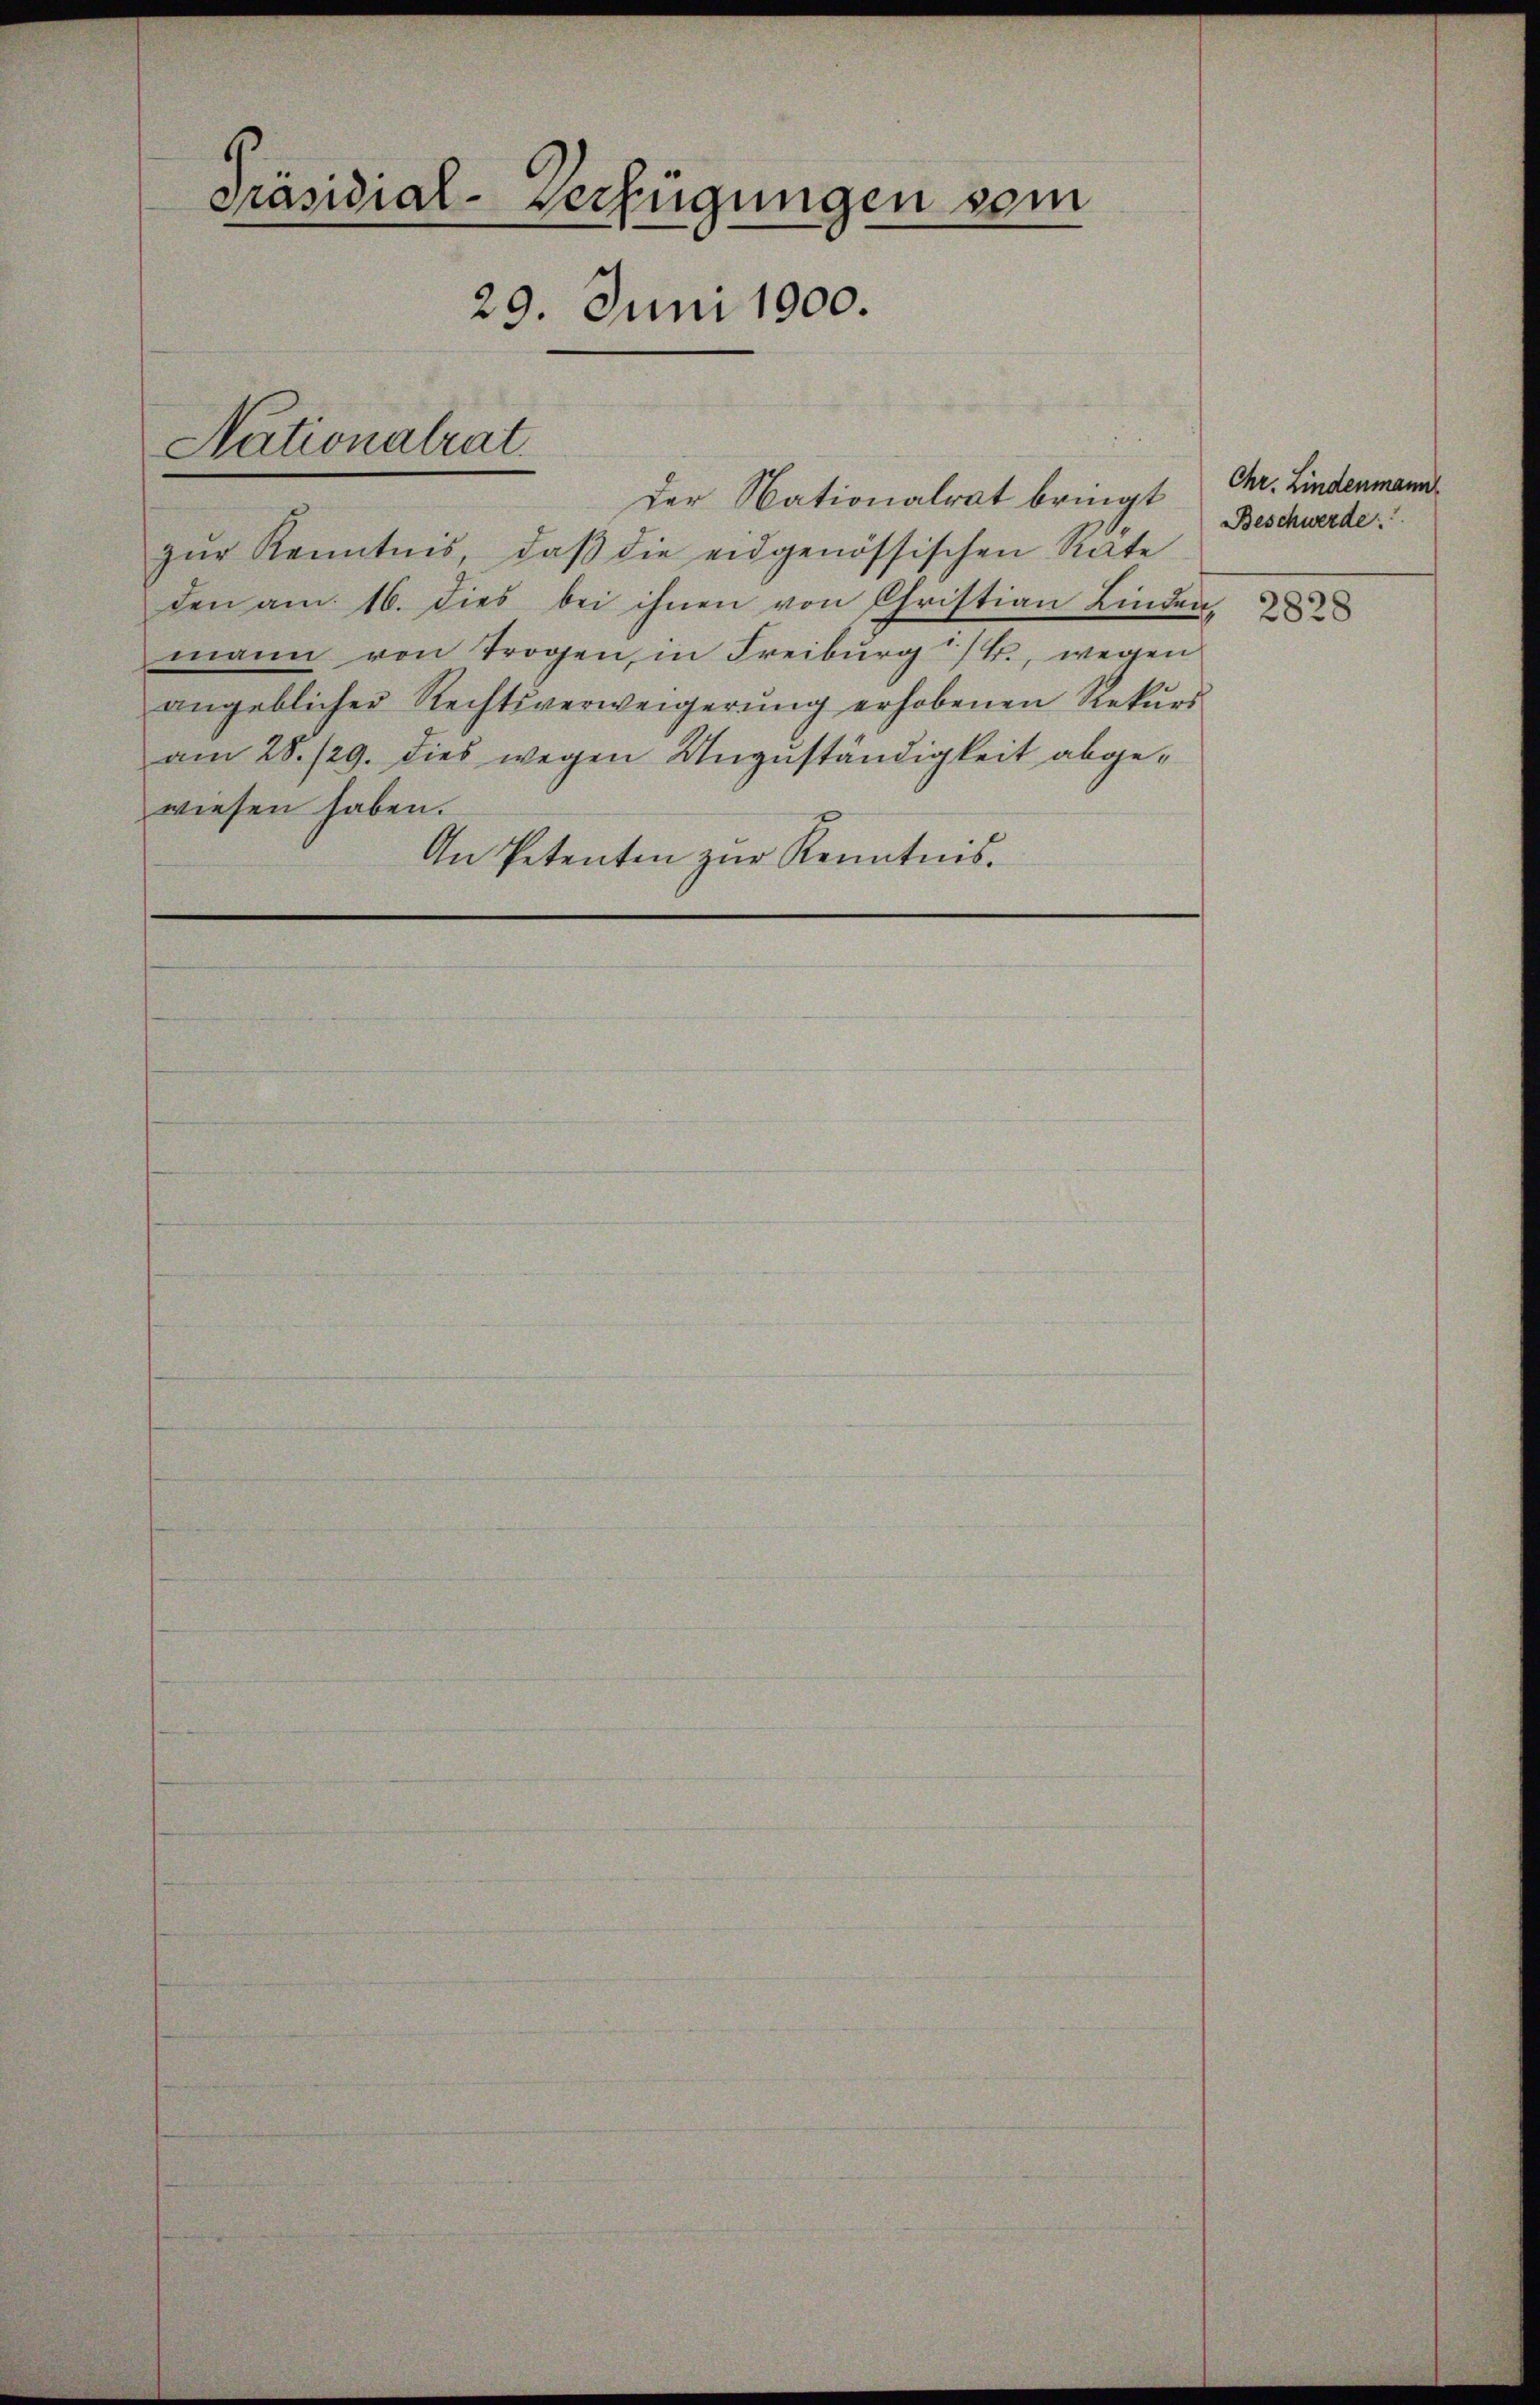
Präsidial-Verfügungen sein
29. Juni 1900.

Nationalrat.

zŭr Kenntnis, daβ die eidgenössischen Rate
den am 16. dies bei ihnen von Christian Linden,
mann von Trogen, in Freiburg i/B., wegen
angeblicher Rechtsverweigerŭng erhobenen Rekursam 28./29. dies wegen Unzuständigkeit abgewiesen haben.
An Petenten zur Kenntnis.

Der Nationalrat bringt Chr. Lindenmann

Beschwerde: